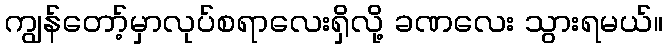
ကျွန်တော့်မှာလုပ်စရာလေးရှိလို့ ခဏလေး သွားရမယ်။